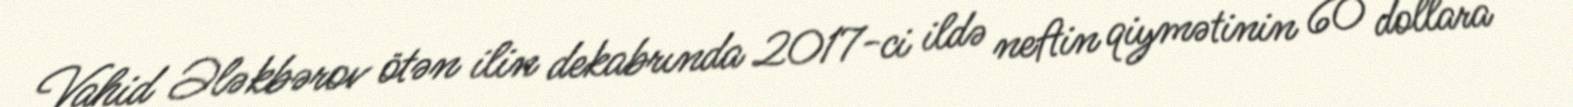
Vahid Ələkbərov ötən ilin dekabrında 2017-ci ildə neftin qiymətinin 60 dollara